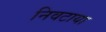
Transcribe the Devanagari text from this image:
निवटाया